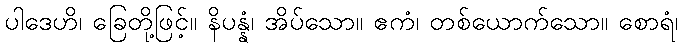
ပါဒေဟိ၊ ခြေတို့ဖြင့်။ နိပန္နံ၊ အိပ်သော။ ဧကံ၊ တစ်ယောက်သော။ စောရံ၊